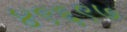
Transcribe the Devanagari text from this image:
४९६९७